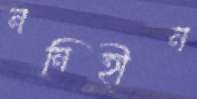
ননিহীন